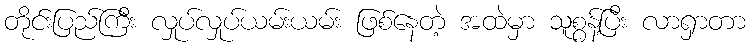
တိုင်းပြည်ကြီး လှုပ်လှုပ်ယမ်းယမ်း ဖြစ်နေတဲ့ အထဲမှာ သူစွန့်ပြီး လာရှာတာ